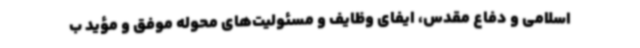
اسلامی و دفاع مقدس، ایفای وظایف و مسئولیت‌های محوله موفق و مؤید ب